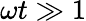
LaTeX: \omega t\gg 1